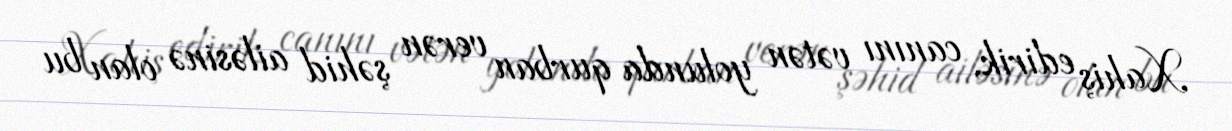
Xahiş edirik, canını vətən yolunda qurban verən şəhid ailəsinə olan bu